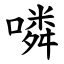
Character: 噒